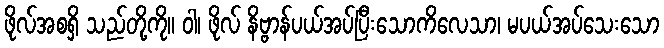
ဖိုလ်အစရှိ သည်တို့ကို။ ဝါ၊ ဖိုလ် နိဗ္ဗာန်ပယ်အပ်ပြီးသောကိလေသာ၊ မပယ်အပ်သေးသော